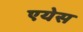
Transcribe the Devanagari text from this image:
एयेस